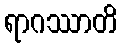
ရာဂဿာတိ